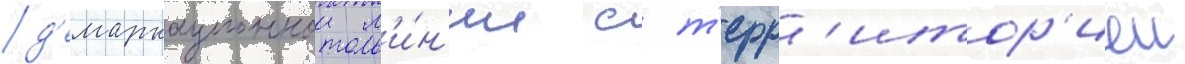
д'емаркационнои л'и́н'ии с т'ерр'итор'иеи